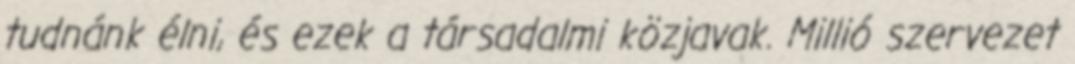
tudnánk élni, és ezek a társadalmi közjavak. Millió szervezet